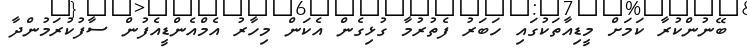
ބޭނުންކުރާ ކަމަށް މީޑިއާތަކުގައި ހަބަރު ފެތުރުމާ ގުޅިގެން އެކަން މިހާރު އެމްއެންޑީއެފުން ސާފުކުރަމުންދާ